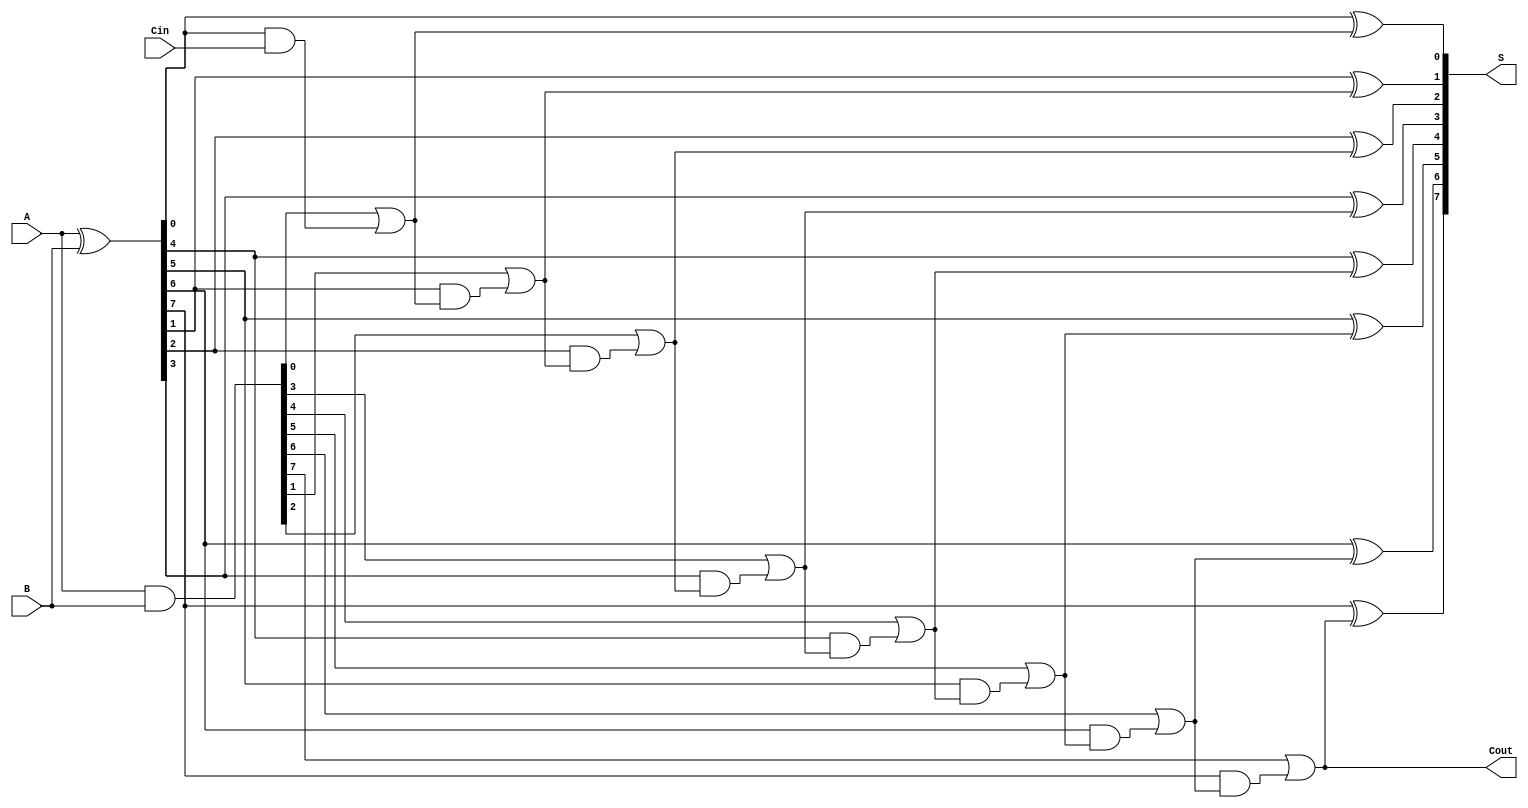
module LingAdder #(parameter n = 8) (
    input  [n-1:0] A,   // First operand
    input  [n-1:0] B,   // Second operand
    input          Cin,  // Carry input
    output [n-1:0] S,    // Sum output
    output         Cout   // Carry output
);

    // Internal signals for propagate and generate
    wire [n-1:0] P; // Propagate
    wire [n-1:0] G; // Generate
    wire [n:0] C;   // Carry bits

    // Generate and Propagate signals
    assign P = A ^ B; // P[i] = A[i] XOR B[i]
    assign G = A & B; // G[i] = A[i] AND B[i]

    // Carry generation
    assign C[0] = G[0] | (P[0] & Cin); // Cout[0]
    
    genvar i;
    generate
        for (i = 1; i < n; i = i + 1) begin: carry_generation
            assign C[i] = G[i] | (P[i] & C[i-1]); // Cout[i]
        end
    endgenerate
    
    assign Cout = C[n-1]; // Final carry out

    // Sum calculation
    generate
        for (i = 0; i < n; i = i + 1) begin: sum_calculation
            assign S[i] = P[i] ^ C[i]; // S[i] = P[i] XOR carry
        end
    endgenerate

endmodule